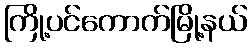
ကြို့ပင်ကောက်မြို့နယ်